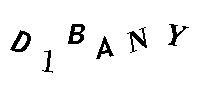
D1BANY